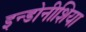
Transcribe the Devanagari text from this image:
इन्डोनीशिया